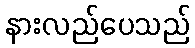
နားလည်ပေသည်